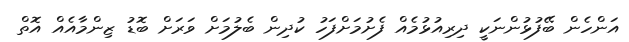
އަންހެން ބޭފުޅުންނަކީ ދިރިއުޅުމެއް ފެށުމަށްފަހު ކުދިން ބެލުމަށް ވަރަށް ބޮޑު ޒިންމާއެއް އޮތް